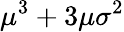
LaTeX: \mu^{3}+3\mu\sigma^{2}